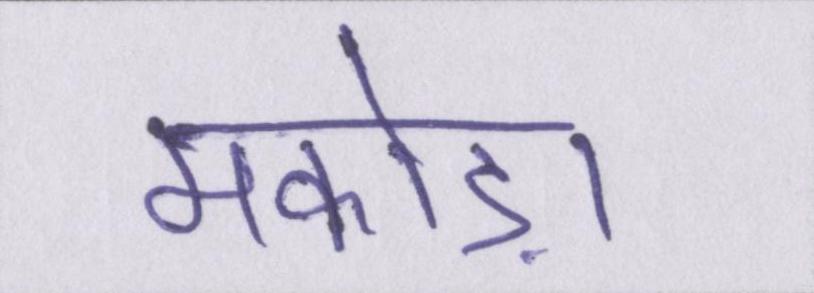
मकोड़ा